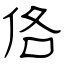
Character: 佫